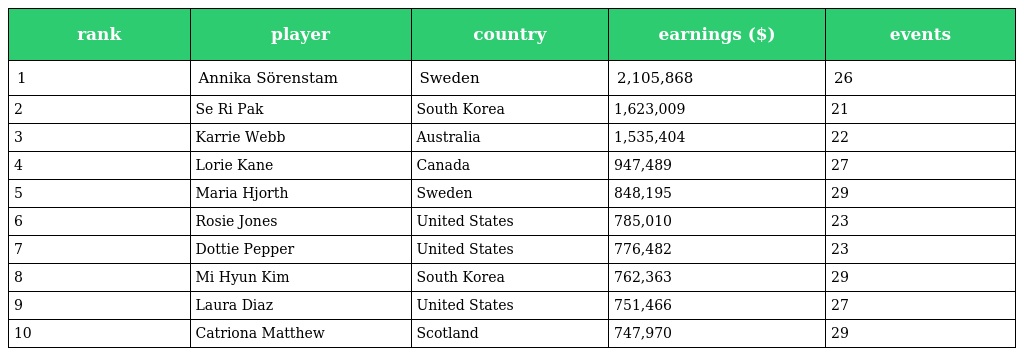
| rank | player | country | earnings ($) | events |
 | --- | --- | --- | --- | --- |
 | 1 | Annika Sörenstam | Sweden | 2,105,868 | 26 |
 | 2 | Se Ri Pak | South Korea | 1,623,009 | 21 |
 | 3 | Karrie Webb | Australia | 1,535,404 | 22 |
 | 4 | Lorie Kane | Canada | 947,489 | 27 |
 | 5 | Maria Hjorth | Sweden | 848,195 | 29 |
 | 6 | Rosie Jones | United States | 785,010 | 23 |
 | 7 | Dottie Pepper | United States | 776,482 | 23 |
 | 8 | Mi Hyun Kim | South Korea | 762,363 | 29 |
 | 9 | Laura Diaz | United States | 751,466 | 27 |
 | 10 | Catriona Matthew | Scotland | 747,970 | 29 |